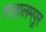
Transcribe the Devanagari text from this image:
शाहालमपुर